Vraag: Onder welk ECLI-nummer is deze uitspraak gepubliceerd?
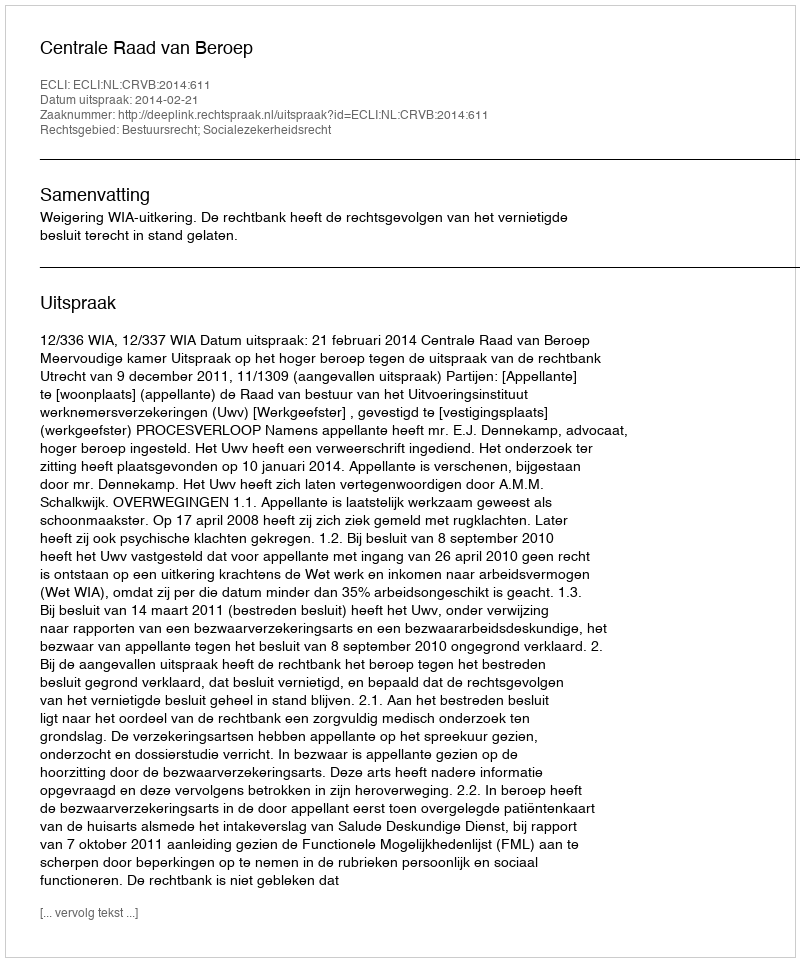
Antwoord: ECLI:NL:CRVB:2014:611